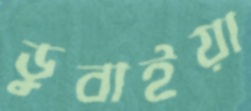
ডুবাইয়া